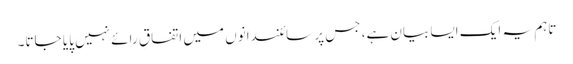
تاہم یہ ایک ایسا بیان ہے، جس پر سائنسدانوں میں اتفاقِ رائے نہیں پایا جاتا۔